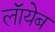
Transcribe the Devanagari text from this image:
लाॅयेब